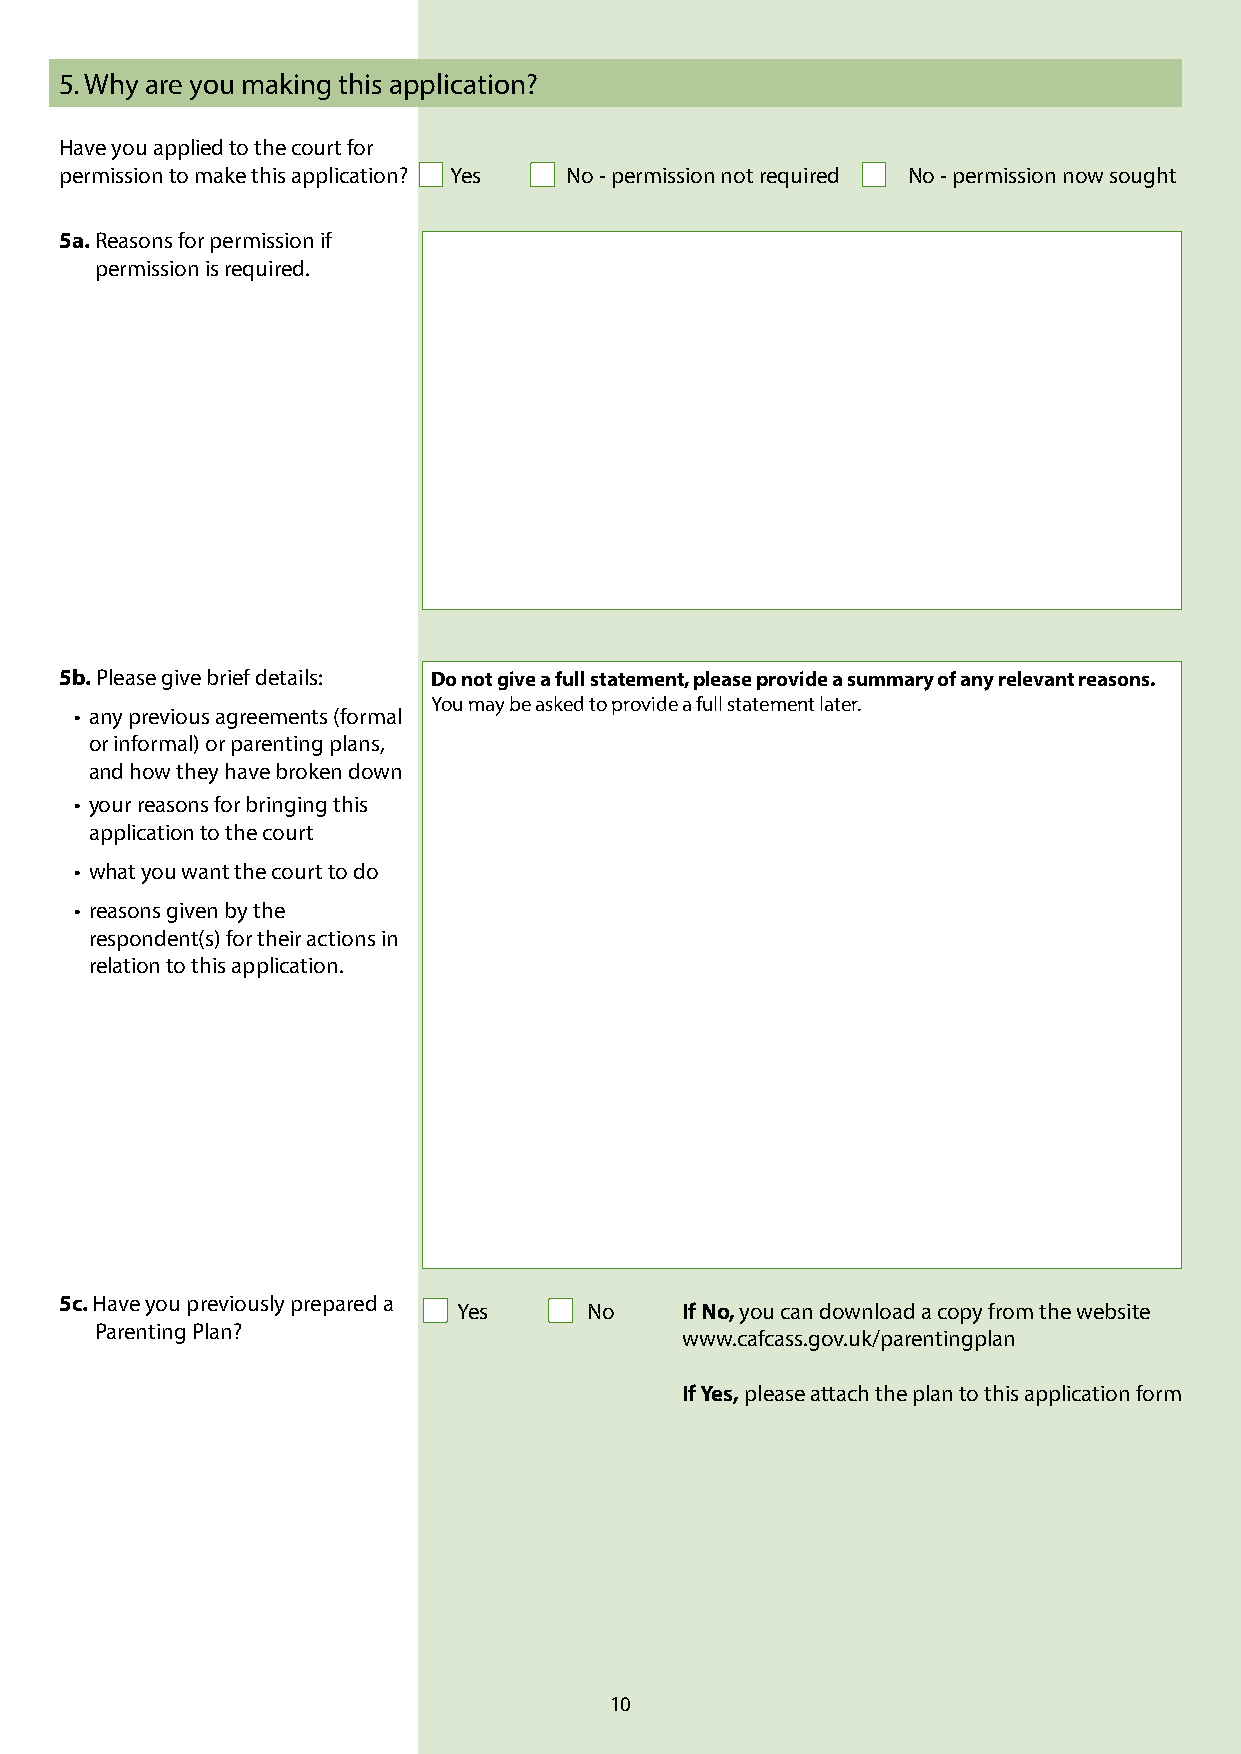
5. Why are you making this application?
 Have you applied to the court for
 permission to make this application? Yes No - permission not required No - permission now sought
 5a. Reasons for permission if
 permission is required.
 5b. Please give brief details: Do not give a full statement, please provide a summary of any relevant reasons.
 You may be asked to provide a full statement later.
 • any previous agreements (formal
 or informal) or parenting plans,
 and how they have broken down
 • your reasons for bringing this
 application to the court
 • what you want the court to do
 • reasons given by the
 respondent(s) for their actions in
 relation to this application.
 5c. Have you previously prepared a
 Yes      No    If No, you can download a copy from the website
 Parenting Plan?
 www.cafcass.gov.uk/parentingplan
 If Yes, please attach the plan to this application form
 10